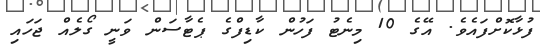
ފުޅާކޮށްފައެވެ. އޭގެ 10 މިނެޓު ފަހުން ކާޑިފްގެ ޕެޓާސަން ވަނީ ގޯލެއް ޖަހައި